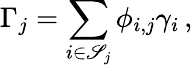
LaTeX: \Gamma_{j}=\sum_{i\in\mathscr{S}_{j}}\phi_{i,j}\gamma_{i}\, ,